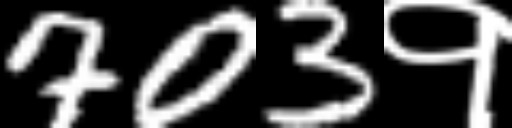
Text: 703१